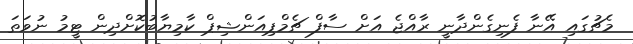
މެޗުގައި އޭނާ ފެނިގެންދާނީ ރާއްޖެ އަށް ސާފް ޗެމްޕިއަންޝިޕް ކާމިޔާބުކޮށްދިން ޓީމު ނުވަތަ